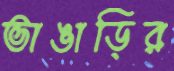
ভাঙাড়ির